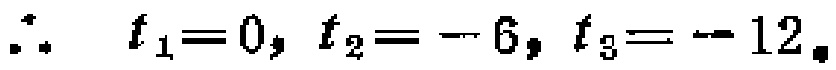
\(\therefore \ f_{1}=0, \ f_{2}=-6, \ f_{3}=-12.\)